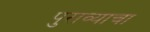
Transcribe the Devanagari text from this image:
पुराव्याचा